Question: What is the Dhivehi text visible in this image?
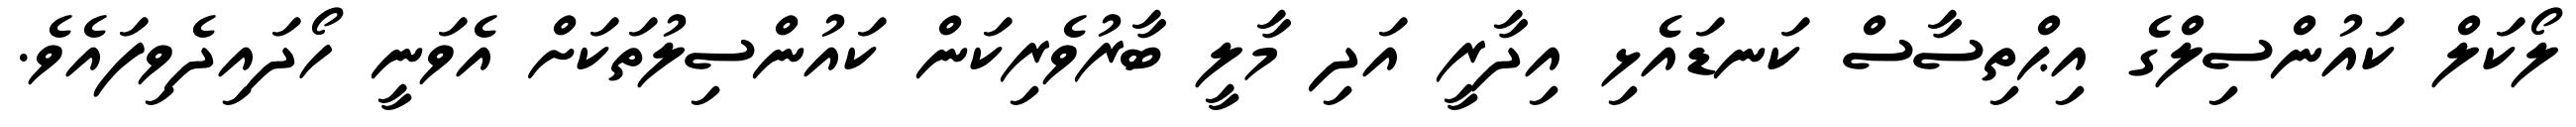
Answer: ލޯކަލް ކައުންސިލްގެ އިޙްތިސާސް ކަނޑައެޅި އިދާރީ އަދި މާލީ ބާރުވެރިކަން ކައުންސިލުތަކަށް އެވަނީ ހޯދައިދެވިފައެވެ.